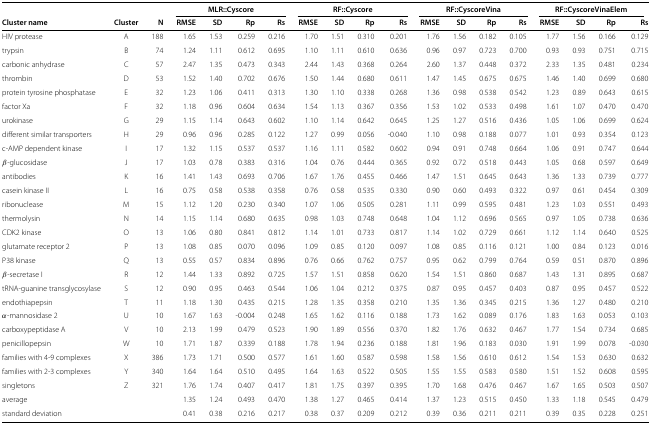
<table><thead><tr><td></td><td></td><td></td><td></td><td></td><td><b>MLR::Cyscore</b></td><td></td><td></td><td></td><td><b>RF::Cyscore</b></td><td></td><td></td><td></td><td><b>RF::CyscoreVina</b></td><td></td><td></td><td></td><td><b>RF::CyscoreVinaElem</b></td><td></td></tr><tr><td><b>Cluster name</b></td><td><b>Cluster</b></td><td><b>N</b></td><td><b>RMSE</b></td><td><b>SD</b></td><td><b>Rp</b></td><td><b>Rs</b></td><td><b>RMSE</b></td><td><b>SD</b></td><td><b>Rp</b></td><td><b>Rs</b></td><td><b>RMSE</b></td><td><b>SD</b></td><td><b>Rp</b></td><td><b>Rs</b></td><td><b>RMSE</b></td><td><b>SD</b></td><td><b>Rp</b></td><td><b>Rs</b></td></tr></thead><tbody><tr><td>HIV protease</td><td>A</td><td>188</td><td>1.65</td><td>1.53</td><td>0.259</td><td>0.216</td><td>1.70</td><td>1.51</td><td>0.310</td><td>0.201</td><td>1.76</td><td>1.56</td><td>0.182</td><td>0.105</td><td>1.77</td><td>1.56</td><td>0.166</td><td>0.129</td></tr><tr><td>trypsin</td><td>B</td><td>74</td><td>1.24</td><td>1.11</td><td>0.612</td><td>0.695</td><td>1.10</td><td>1.11</td><td>0.610</td><td>0.636</td><td>0.96</td><td>0.97</td><td>0.723</td><td>0.700</td><td>0.93</td><td>0.93</td><td>0.751</td><td>0.715</td></tr><tr><td>carbonic anhydrase</td><td>C</td><td>57</td><td>2.47</td><td>1.35</td><td>0.473</td><td>0.343</td><td>2.44</td><td>1.43</td><td>0.368</td><td>0.264</td><td>2.60</td><td>1.37</td><td>0.448</td><td>0.372</td><td>2.33</td><td>1.35</td><td>0.481</td><td>0.234</td></tr><tr><td>thrombin</td><td>D</td><td>53</td><td>1.52</td><td>1.40</td><td>0.702</td><td>0.676</td><td>1.50</td><td>1.44</td><td>0.680</td><td>0.611</td><td>1.47</td><td>1.45</td><td>0.675</td><td>0.675</td><td>1.46</td><td>1.40</td><td>0.699</td><td>0.680</td></tr><tr><td>protein tyrosine phosphatase</td><td>E</td><td>32</td><td>1.23</td><td>1.06</td><td>0.411</td><td>0.313</td><td>1.30</td><td>1.10</td><td>0.338</td><td>0.268</td><td>1.36</td><td>0.98</td><td>0.538</td><td>0.542</td><td>1.23</td><td>0.89</td><td>0.643</td><td>0.615</td></tr><tr><td>factor Xa</td><td>F</td><td>32</td><td>1.18</td><td>0.96</td><td>0.604</td><td>0.634</td><td>1.54</td><td>1.13</td><td>0.367</td><td>0.356</td><td>1.53</td><td>1.02</td><td>0.533</td><td>0.498</td><td>1.61</td><td>1.07</td><td>0.470</td><td>0.470</td></tr><tr><td>urokinase</td><td>G</td><td>29</td><td>1.15</td><td>1.14</td><td>0.643</td><td>0.602</td><td>1.10</td><td>1.14</td><td>0.642</td><td>0.645</td><td>1.25</td><td>1.27</td><td>0.516</td><td>0.436</td><td>1.05</td><td>1.06</td><td>0.699</td><td>0.624</td></tr><tr><td>different similar transporters</td><td>H</td><td>29</td><td>0.96</td><td>0.96</td><td>0.285</td><td>0.122</td><td>1.27</td><td>0.99</td><td>0.056</td><td>-0.040</td><td>1.10</td><td>0.98</td><td>0.188</td><td>0.077</td><td>1.01</td><td>0.93</td><td>0.354</td><td>0.123</td></tr><tr><td>c-AMP dependent kinase</td><td>I</td><td>17</td><td>1.32</td><td>1.15</td><td>0.537</td><td>0.537</td><td>1.16</td><td>1.11</td><td>0.582</td><td>0.602</td><td>0.94</td><td>0.91</td><td>0.748</td><td>0.664</td><td>1.06</td><td>0.91</td><td>0.747</td><td>0.644</td></tr><tr><td><i>β</i>-glucosidase</td><td>J</td><td>17</td><td>1.03</td><td>0.78</td><td>0.383</td><td>0.316</td><td>1.04</td><td>0.76</td><td>0.444</td><td>0.365</td><td>0.92</td><td>0.72</td><td>0.518</td><td>0.443</td><td>1.05</td><td>0.68</td><td>0.597</td><td>0.649</td></tr><tr><td>antibodies</td><td>K</td><td>16</td><td>1.41</td><td>1.43</td><td>0.693</td><td>0.706</td><td>1.67</td><td>1.76</td><td>0.455</td><td>0.466</td><td>1.47</td><td>1.51</td><td>0.645</td><td>0.643</td><td>1.36</td><td>1.33</td><td>0.739</td><td>0.777</td></tr><tr><td>casein kinase II</td><td>L</td><td>16</td><td>0.75</td><td>0.58</td><td>0.538</td><td>0.358</td><td>0.76</td><td>0.58</td><td>0.535</td><td>0.330</td><td>0.90</td><td>0.60</td><td>0.493</td><td>0.322</td><td>0.97</td><td>0.61</td><td>0.454</td><td>0.309</td></tr><tr><td>ribonuclease</td><td>M</td><td>15</td><td>1.12</td><td>1.20</td><td>0.230</td><td>0.340</td><td>1.07</td><td>1.06</td><td>0.505</td><td>0.281</td><td>1.11</td><td>0.99</td><td>0.595</td><td>0.481</td><td>1.23</td><td>1.03</td><td>0.551</td><td>0.493</td></tr><tr><td>thermolysin</td><td>N</td><td>14</td><td>1.15</td><td>1.14</td><td>0.680</td><td>0.635</td><td>0.98</td><td>1.03</td><td>0.748</td><td>0.648</td><td>1.04</td><td>1.12</td><td>0.696</td><td>0.565</td><td>0.97</td><td>1.05</td><td>0.738</td><td>0.636</td></tr><tr><td>CDK2 kinase</td><td>O</td><td>13</td><td>1.06</td><td>0.80</td><td>0.841</td><td>0.812</td><td>1.14</td><td>1.01</td><td>0.733</td><td>0.817</td><td>1.14</td><td>1.02</td><td>0.729</td><td>0.661</td><td>1.12</td><td>1.14</td><td>0.640</td><td>0.525</td></tr><tr><td>glutamate receptor 2</td><td>P</td><td>13</td><td>1.08</td><td>0.85</td><td>0.070</td><td>0.096</td><td>1.09</td><td>0.85</td><td>0.120</td><td>0.097</td><td>1.08</td><td>0.85</td><td>0.116</td><td>0.121</td><td>1.00</td><td>0.84</td><td>0.123</td><td>0.016</td></tr><tr><td>P38 kinase</td><td>Q</td><td>13</td><td>0.55</td><td>0.57</td><td>0.834</td><td>0.896</td><td>0.76</td><td>0.66</td><td>0.762</td><td>0.757</td><td>0.95</td><td>0.62</td><td>0.799</td><td>0.764</td><td>0.59</td><td>0.51</td><td>0.870</td><td>0.896</td></tr><tr><td><i>β</i>-secretase I</td><td>R</td><td>12</td><td>1.44</td><td>1.33</td><td>0.892</td><td>0.725</td><td>1.57</td><td>1.51</td><td>0.858</td><td>0.620</td><td>1.54</td><td>1.51</td><td>0.860</td><td>0.687</td><td>1.43</td><td>1.31</td><td>0.895</td><td>0.687</td></tr><tr><td>tRNA-guanine transglycosylase</td><td>S</td><td>12</td><td>0.90</td><td>0.95</td><td>0.463</td><td>0.544</td><td>1.06</td><td>1.04</td><td>0.212</td><td>0.375</td><td>0.87</td><td>0.95</td><td>0.457</td><td>0.403</td><td>0.87</td><td>0.95</td><td>0.457</td><td>0.522</td></tr><tr><td>endothiapepsin</td><td>T</td><td>11</td><td>1.18</td><td>1.30</td><td>0.435</td><td>0.215</td><td>1.28</td><td>1.35</td><td>0.358</td><td>0.210</td><td>1.35</td><td>1.36</td><td>0.345</td><td>0.215</td><td>1.36</td><td>1.27</td><td>0.480</td><td>0.210</td></tr><tr><td><i>α</i>-mannosidase 2</td><td>U</td><td>10</td><td>1.67</td><td>1.63</td><td>-0.004</td><td>0.248</td><td>1.65</td><td>1.62</td><td>0.116</td><td>0.188</td><td>1.73</td><td>1.62</td><td>0.089</td><td>0.176</td><td>1.83</td><td>1.63</td><td>0.053</td><td>0.103</td></tr><tr><td>carboxypeptidase A</td><td>V</td><td>10</td><td>2.13</td><td>1.99</td><td>0.479</td><td>0.523</td><td>1.90</td><td>1.89</td><td>0.556</td><td>0.370</td><td>1.82</td><td>1.76</td><td>0.632</td><td>0.467</td><td>1.77</td><td>1.54</td><td>0.734</td><td>0.685</td></tr><tr><td>penicillopepsin</td><td>W</td><td>10</td><td>1.71</td><td>1.87</td><td>0.339</td><td>0.188</td><td>1.78</td><td>1.94</td><td>0.236</td><td>0.188</td><td>1.81</td><td>1.96</td><td>0.183</td><td>0.030</td><td>1.91</td><td>1.99</td><td>0.078</td><td>-0.030</td></tr><tr><td>families with 4-9 complexes</td><td>X</td><td>386</td><td>1.73</td><td>1.71</td><td>0.500</td><td>0.577</td><td>1.61</td><td>1.60</td><td>0.587</td><td>0.598</td><td>1.58</td><td>1.56</td><td>0.610</td><td>0.612</td><td>1.54</td><td>1.53</td><td>0.630</td><td>0.632</td></tr><tr><td>families with 2-3 complexes</td><td>Y</td><td>340</td><td>1.64</td><td>1.64</td><td>0.510</td><td>0.495</td><td>1.64</td><td>1.63</td><td>0.522</td><td>0.505</td><td>1.55</td><td>1.55</td><td>0.583</td><td>0.580</td><td>1.51</td><td>1.52</td><td>0.608</td><td>0.595</td></tr><tr><td>singletons</td><td>Z</td><td>321</td><td>1.76</td><td>1.74</td><td>0.407</td><td>0.417</td><td>1.81</td><td>1.75</td><td>0.397</td><td>0.395</td><td>1.70</td><td>1.68</td><td>0.476</td><td>0.467</td><td>1.67</td><td>1.65</td><td>0.503</td><td>0.507</td></tr><tr><td>average</td><td></td><td></td><td>1.35</td><td>1.24</td><td>0.493</td><td>0.470</td><td>1.38</td><td>1.27</td><td>0.465</td><td>0.414</td><td>1.37</td><td>1.23</td><td>0.515</td><td>0.450</td><td>1.33</td><td>1.18</td><td>0.545</td><td>0.479</td></tr><tr><td>standard deviation</td><td></td><td></td><td>0.41</td><td>0.38</td><td>0.216</td><td>0.217</td><td>0.38</td><td>0.37</td><td>0.209</td><td>0.212</td><td>0.39</td><td>0.36</td><td>0.211</td><td>0.211</td><td>0.39</td><td>0.35</td><td>0.228</td><td>0.251</td></tr></tbody></table>